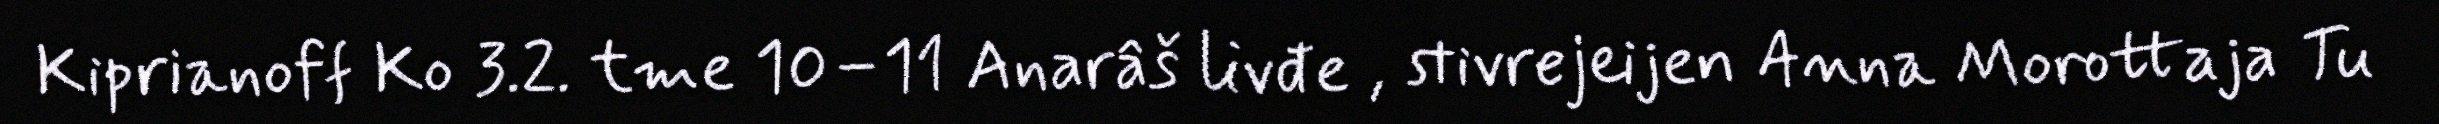
Kiprianoff Ko 3.2. tme 10–11 Anarâš livđe , stivrejeijen Anna Morottaja Tu